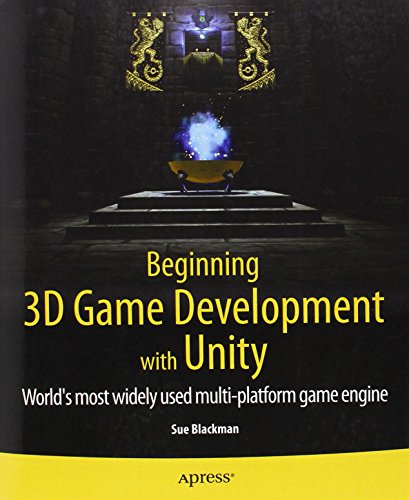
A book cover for Beginning 3D Game Development with Unity: All-in-one, multi-platform game development; Sue Blackman; Computers & Technology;